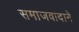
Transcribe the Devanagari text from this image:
समाजवादाने